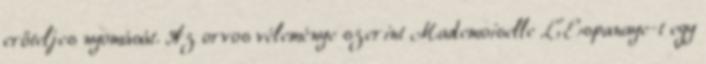
erőteljes nyomását. Az orvos véleménye szerint Mademoiselle L'Espanaye-t egy